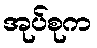
အုပ်စုက